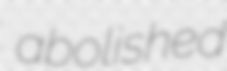
abolished